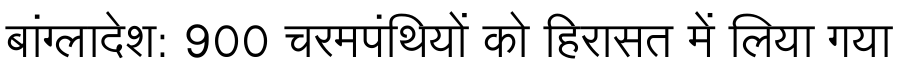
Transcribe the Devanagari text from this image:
बांग्लादेश: 900 चरमपंथियों को हिरासत में लिया गया